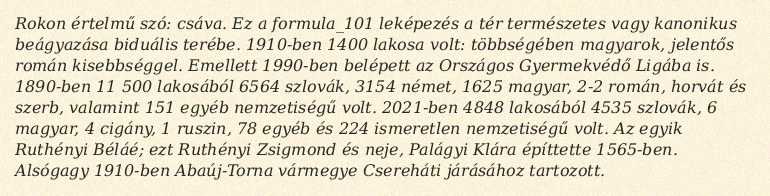
Rokon értelmű szó: csáva. Ez a formula_101 leképezés a tér természetes vagy kanonikus beágyazása biduális terébe. 1910-ben 1400 lakosa volt: többségében magyarok, jelentős román kisebbséggel. Emellett 1990-ben belépett az Országos Gyermekvédő Ligába is. 1890-ben 11 500 lakosából 6564 szlovák, 3154 német, 1625 magyar, 2-2 román, horvát és szerb, valamint 151 egyéb nemzetiségű volt. 2021-ben 4848 lakosából 4535 szlovák, 6 magyar, 4 cigány, 1 ruszin, 78 egyéb és 224 ismeretlen nemzetiségű volt. Az egyik Ruthényi Béláé; ezt Ruthényi Zsigmond és neje, Palágyi Klára építtette 1565-ben. Alsógagy 1910-ben Abaúj-Torna vármegye Csereháti járásához tartozott.